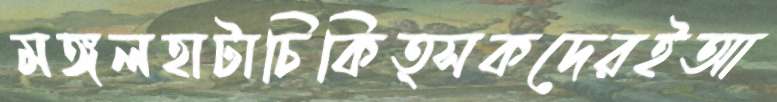
মঙ্গলহাটাচিকিত্সকদেরইআ